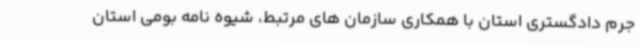
جرم دادگستری استان با همکاری سازمان های مرتبط، شیوه نامه بومی استان